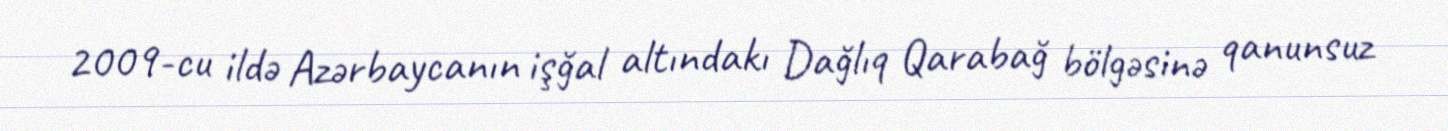
2009-cu ildə Azərbaycanın işğal altındakı Dağlıq Qarabağ bölgəsinə qanunsuz